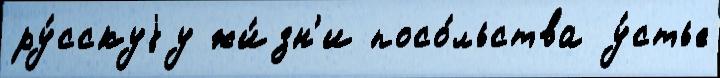
ру́сскуjу жи́зн'и посо́льства у́стье